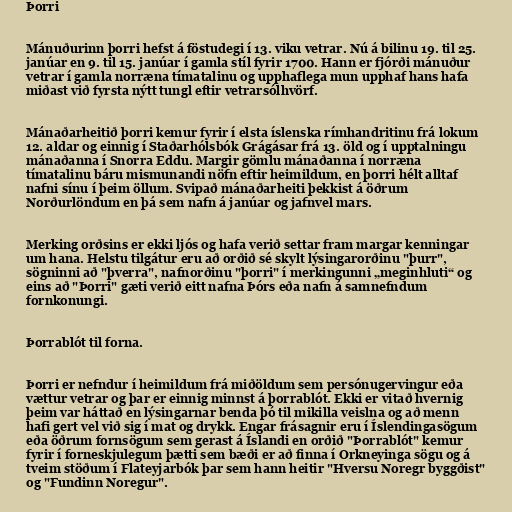
Þorri

Mánuðurinn þorri hefst á föstudegi í 13. viku vetrar. Nú á bilinu 19. til 25.
janúar en 9. til 15. janúar í gamla stíl fyrir 1700. Hann er fjórði mánuður
vetrar í gamla norræna tímatalinu og upphaflega mun upphaf hans hafa
miðast við fyrsta nýtt tungl eftir vetrarsólhvörf.

Mánaðarheitið þorri kemur fyrir í elsta íslenska rímhandritinu frá lokum
12. aldar og einnig í Staðarhólsbók Grágásar frá 13. öld og í upptalningu
mánaðanna í Snorra Eddu. Margir gömlu mánaðanna í norræna
tímatalinu báru mismunandi nöfn eftir heimildum, en þorri hélt alltaf
nafni sínu í þeim öllum. Svipað mánaðarheiti þekkist á öðrum
Norðurlöndum en þá sem nafn á janúar og jafnvel mars.

Merking orðsins er ekki ljós og hafa verið settar fram margar kenningar
um hana. Helstu tilgátur eru að orðið sé skylt lýsingarorðinu "þurr",
sögninni að "þverra", nafnorðinu "þorri" í merkingunni „meginhluti“ og
eins að "Þorri" gæti verið eitt nafna Þórs eða nafn á samnefndum
fornkonungi.

Þorrablót til forna.

Þorri er nefndur í heimildum frá miðöldum sem persónugervingur eða
vættur vetrar og þar er einnig minnst á þorrablót. Ekki er vitað hvernig
þeim var háttað en lýsingarnar benda þó til mikilla veislna og að menn
hafi gert vel við sig í mat og drykk. Engar frásagnir eru í Íslendingasögum
eða öðrum fornsögum sem gerast á Íslandi en orðið "Þorrablót" kemur
fyrir í forneskjulegum þætti sem bæði er að finna í Orkneyinga sögu og á
tveim stöðum í Flateyjarbók þar sem hann heitir "Hversu Noregr byggðist"
og "Fundinn Noregur".